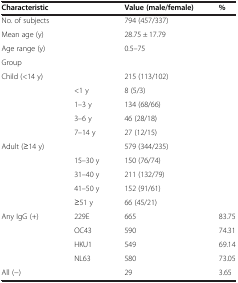
<table><thead><tr><td><b>Characteristic</b></td><td><b> </b></td><td><b>Value (male/female)</b></td><td><b>%</b></td></tr></thead><tbody><tr><td>No. of subjects</td><td> </td><td>794 (457/337)</td><td> </td></tr><tr><td>Mean age (y)</td><td> </td><td>28.75 ± 17.79</td><td> </td></tr><tr><td>Age range (y)</td><td> </td><td>0.5–75</td><td> </td></tr><tr><td>Group</td><td> </td><td> </td><td> </td></tr><tr><td>Child (&lt;14 y)</td><td> </td><td>215 (113/102)</td><td> </td></tr><tr><td> </td><td>&lt;1 y</td><td>8 (5/3)</td><td> </td></tr><tr><td> </td><td>1–3 y</td><td>134 (68/66)</td><td> </td></tr><tr><td> </td><td>3–6 y</td><td>46 (28/18)</td><td> </td></tr><tr><td> </td><td>7–14 y</td><td>27 (12/15)</td><td> </td></tr><tr><td>Adult (≥14 y)</td><td> </td><td>579 (344/235)</td><td> </td></tr><tr><td> </td><td>15–30 y</td><td>150 (76/74)</td><td> </td></tr><tr><td> </td><td>31–40 y</td><td>211 (132/79)</td><td> </td></tr><tr><td> </td><td>41–50 y</td><td>152 (91/61)</td><td> </td></tr><tr><td> </td><td>≥51 y</td><td>66 (45/21)</td><td> </td></tr><tr><td>Any IgG (+)</td><td>229E</td><td>665</td><td>83.75</td></tr><tr><td> </td><td>OC43</td><td>590</td><td>74.31</td></tr><tr><td> </td><td>HKU1</td><td>549</td><td>69.14</td></tr><tr><td> </td><td>NL63</td><td>580</td><td>73.05</td></tr><tr><td>All (−)</td><td> </td><td>29</td><td>3.65</td></tr></tbody></table>